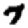
Digit: 7